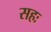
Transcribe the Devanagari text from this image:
सहः